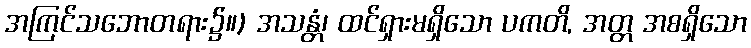
အကြင်သဘောတရား၌။) အသန္တံ၊ ထင်ရှားမရှိသော ပကတိ, အတ္တ အစရှိသော